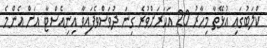
ކްލަބުގައި އުޅޭތާ މިހާރު 20 އަހަރަށްވުރެ ގިނަ ދުވަސްވެފައިވާ އިނިއެސްޓާ އަށް އެންމެ